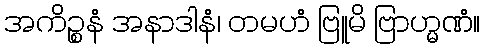
အကိဉ္စနံ အနာဒါနံ၊ တမဟံ ဗြူမိ ဗြာဟ္မဏံ။